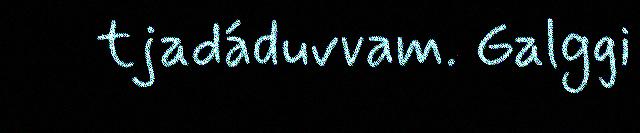
tjadáduvvam. Galggi